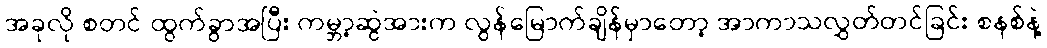
အခုလို စတင် ထွက်ခွာအပြီး ကမ္ဘာ့ဆွဲအားက လွန်မြောက်ချိန်မှာတော့ အာကာသလွှတ်တင်ခြင်း စနစ်နဲ့